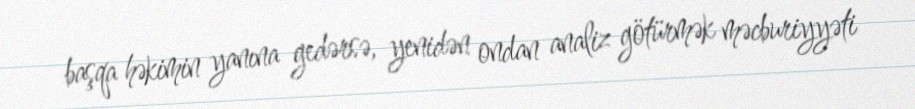
başqa həkimin yanına gedərsə, yenidən ondan analiz götürmək məcburiyyəti